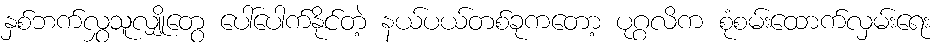
နှစ်ဘက်လွှသူလျှိုတွေ ပေါ်ပေါက်နိုင်တဲ့ နယ်ပယ်တစ်ခုကတော့ ပုဂ္ဂလိက စုံစမ်းထောက်လှမ်းရေး